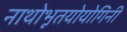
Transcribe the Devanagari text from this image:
नाथोभूतयोयोगिनी